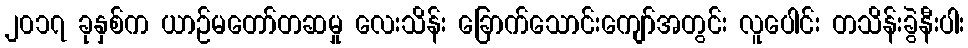
၂၀၁၇ ခုနှစ်က ယာဉ်မတော်တဆမှု လေးသိန်း ခြောက်သောင်းကျော်အတွင်း လူပေါင်း တသိန်းခွဲနီးပါး